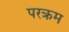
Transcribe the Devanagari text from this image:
परक्रम